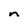
Character: n